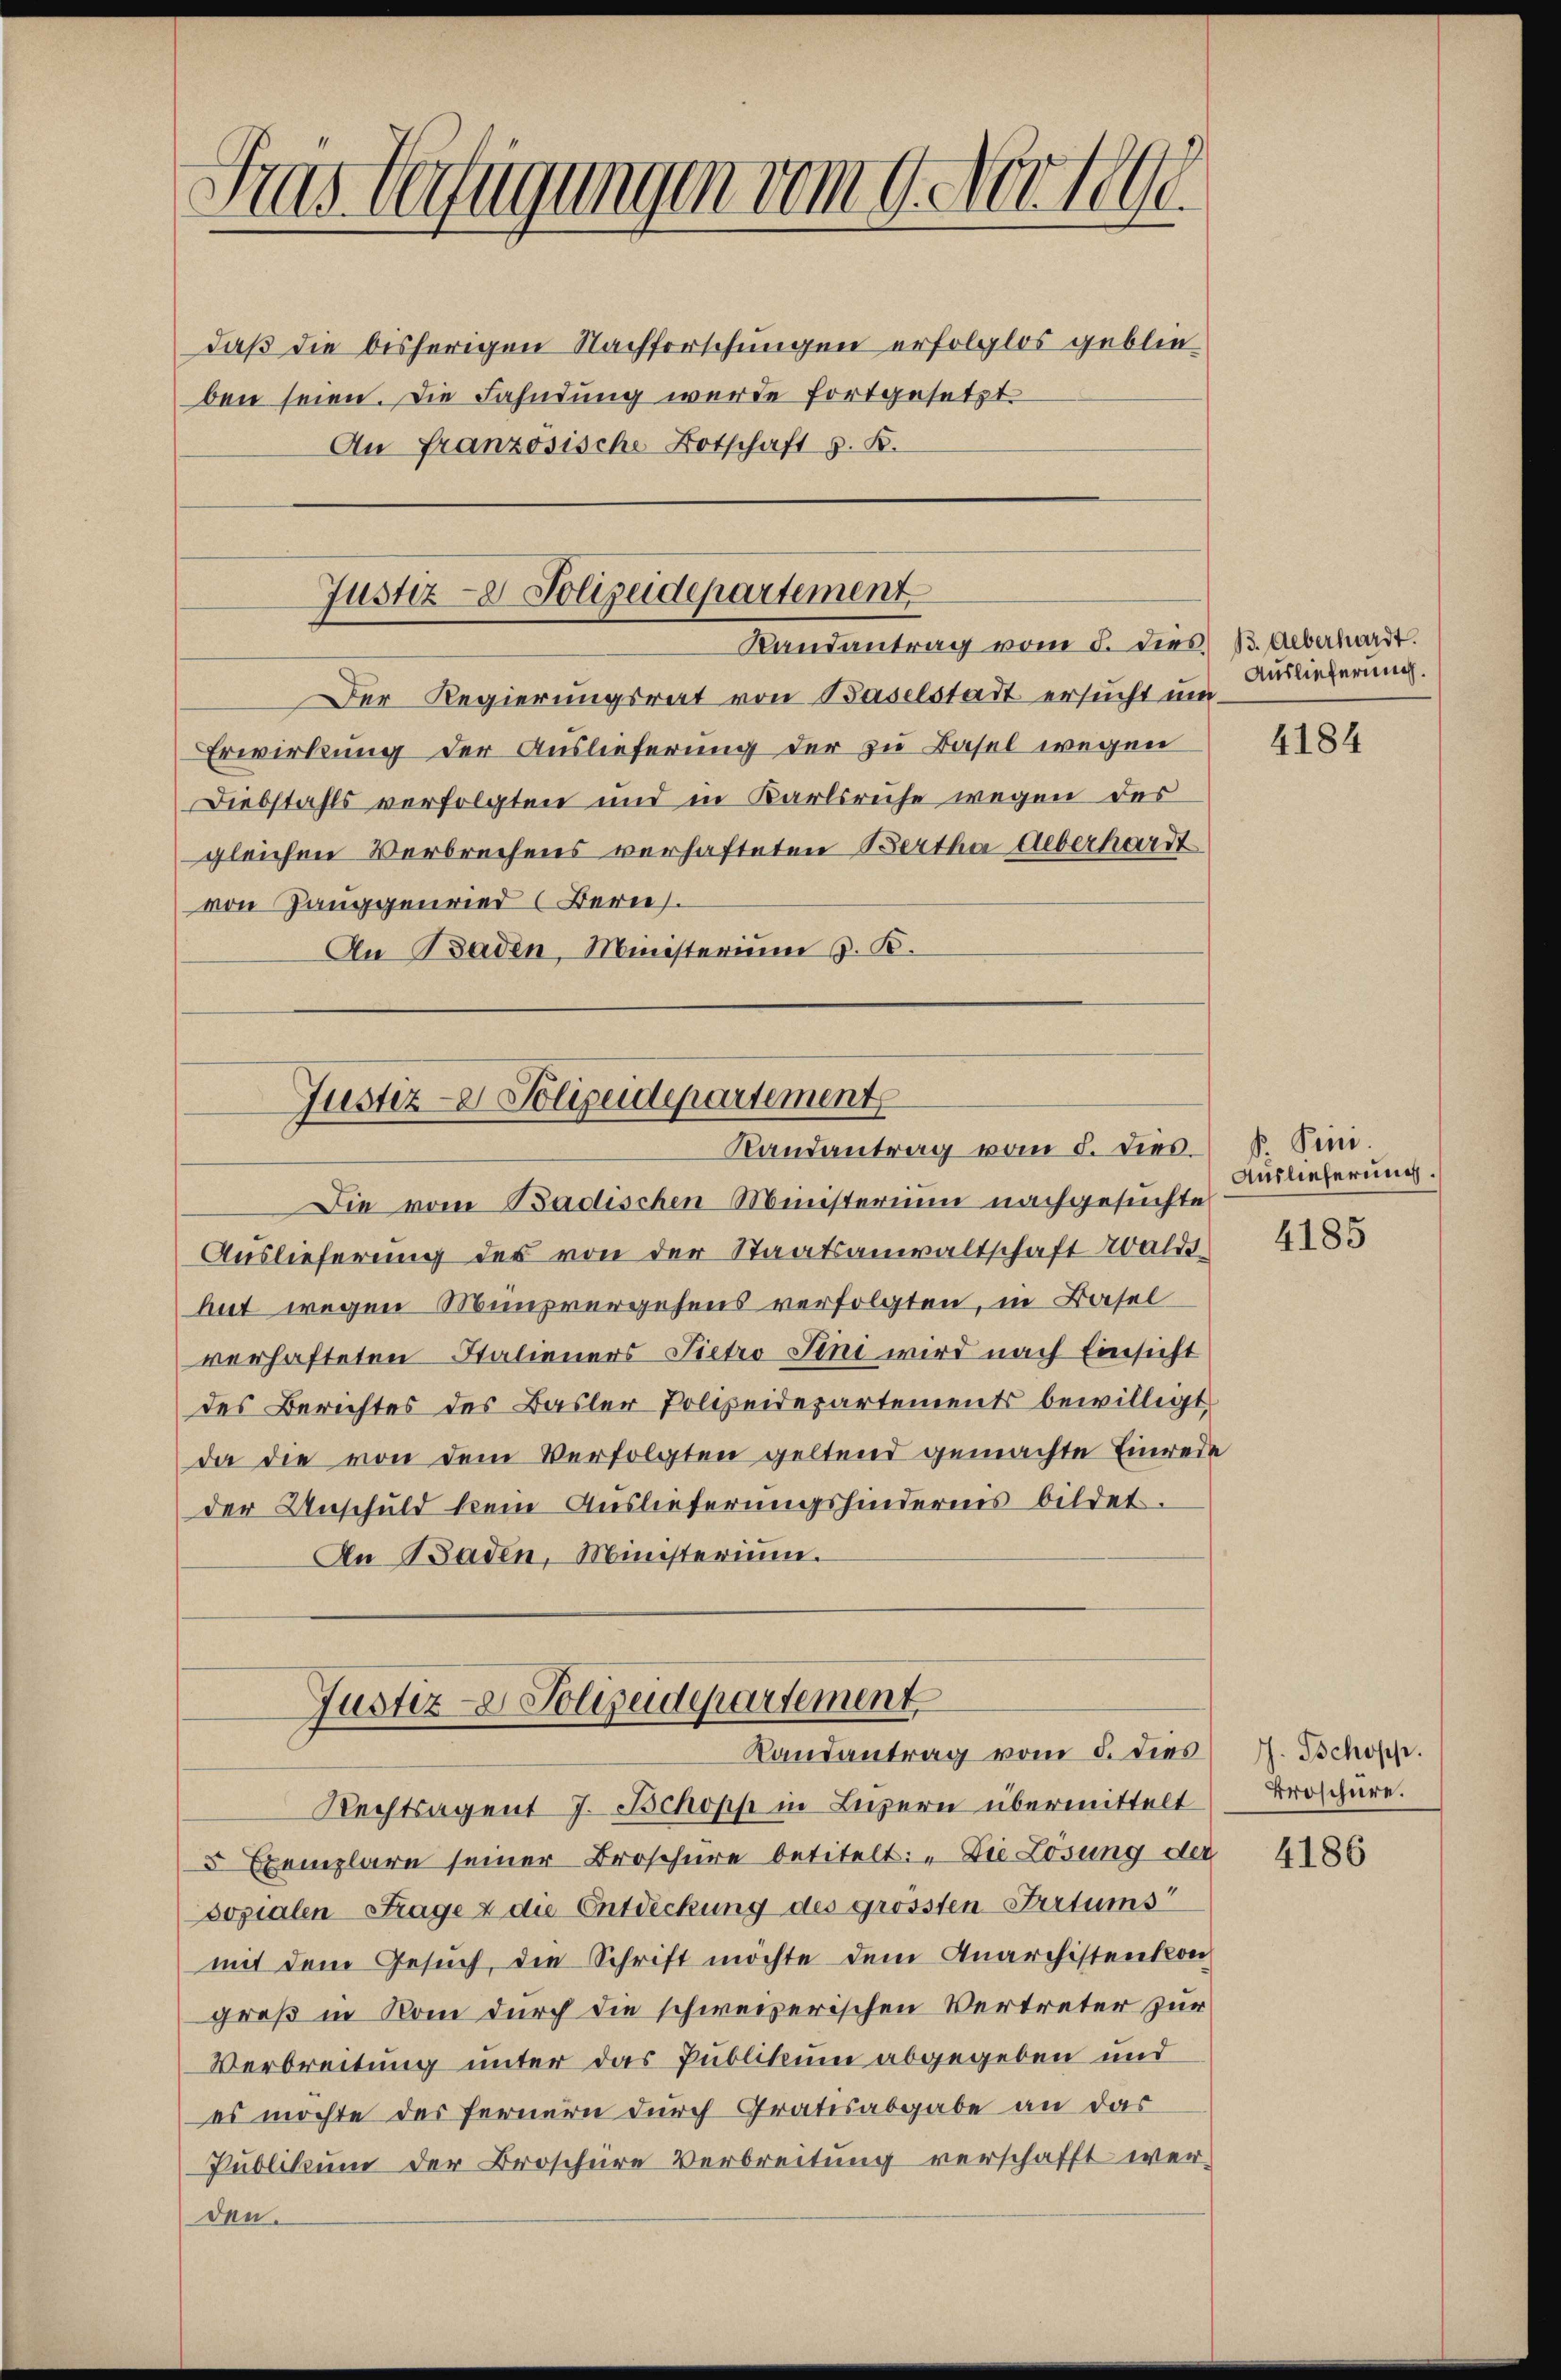
Fres Verfügungen vom 9. Novell

daß die bisherigen Nachforschungen erfolglos geblieben seien. Die Fahndung wurde fortgesetzt
An Französische Botschaft z. K.
Der Regierungsrat von Baselstadt ersucht um¬
Erwirkung der Auslieferung der zu Basel wegen
Diebstahls verfolgten und in Karlsruhe wegen das
gleichen Verbrechens verhafteten Bertha Ueberhardt
von Zanggenried (Berns
An Baden, Ministerium z. B.

Die vom Badischen Münsterium nachgesuchte
Auslieferung des von der Staatsanwaltschaft Walde
hut wegen Münzvergehens verfolgten, in Basel
verhafteten Italieners Pietro Sini wird nach Einsicht
des Berichtes des Basler Polizeidepartements bewilligt,
da die von dem Verfolgten geltend gemachte Einrede
der Unschuld kein Auslieferungshindernis bildet.
An Baden, Ministerium.
Justiz- & Polizeidepartement
Randantrag vom 5. dies
Rechtsagent J. Schopp in Luzern übermittelt
5 Exemplare seiner Broschüre betitelt: „Die Lösung der
Sozialen Frage & die Entdeckung des grössten Irrtums
mit dem Gesuch, die Schrift möchte dem Anarchistenkongroß in Rom durch die schweizerischen Vertreter zur
Verbreitung unter das Publikum abgegeben und
es möchte des fernern durch Gratesabgabe an das
Publikum der Broschere Verbreitung verschafft wer-
den.

Justiz- & Polizeidepartement
Randantrag vom 5. dies B. Ueberhardt.

Justiz- & Polizeidepartement
Randantrag vom 8. dies

Auslieferung.

4184

P. Sinne.
Auslieferung.

4185

J. Schopp.
Broschüre.

4186